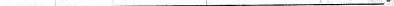
___。